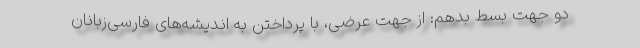
دو جهت بسط بدهم: از جهت عرضی، با پرداختن به اندیشه‌های فارسی‌زبانان